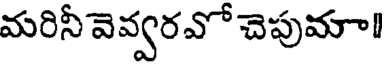
మరినీ వెవ్వరవో చెపుమా